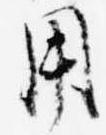
用